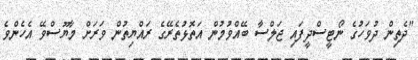
"ދެތިން ދުވަހުގެ ނޯޓީސްދީފައި ޖަލްސާ ބޭއްވުމުން އަތޮޅުތެރޭގެ ރައްޔިތުން ވަރަށް މާޔޫސްވޭ އެހެންވެ